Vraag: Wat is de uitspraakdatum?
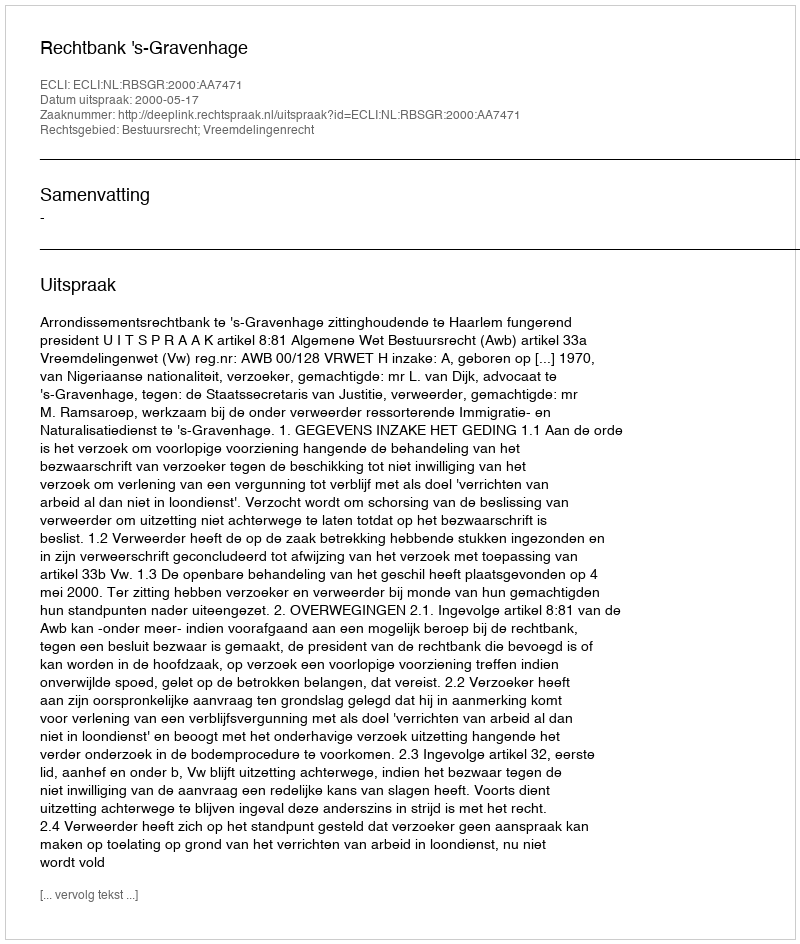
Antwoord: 2000-05-17